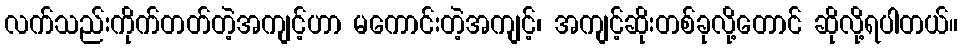
လက်သည်းကိုက်တတ်တဲ့အကျင့်ဟာ မကောင်းတဲ့အကျင့်၊ အကျင့်ဆိုးတစ်ခုလို့တောင် ဆိုလို့ရပါတယ်။